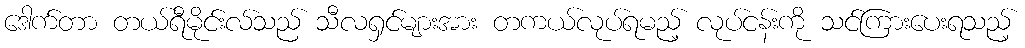
ဒေါက်တာ တယ်ရီမိုင်းလ်သည် သီလရှင်များအား တကယ်လုပ်ရမည့် လုပ်ငန်းကို သင်ကြားပေးရသည့်